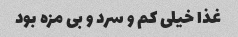
غذا خیلی کم و سرد و بی مزه بود